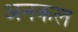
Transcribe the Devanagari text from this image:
अनकल